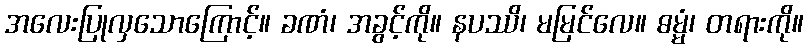
အလေးပြုလှသောကြောင့်။ ခဏံ၊ အခွင့်ကို။ နပဿိ၊ မမြင်လေ။ ဓမ္မံ၊ တရားကို။